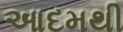
આદમથી